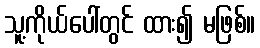
သူ့ကိုယ်ပေါ်တွင် ထား၍ မဖြစ်။